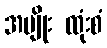
အမျိုး ထုံးစံ